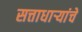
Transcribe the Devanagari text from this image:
सत्ताधाऱ्यांचे